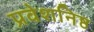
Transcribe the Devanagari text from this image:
प्रवेशनिष्ठ